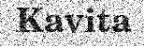
Kavita